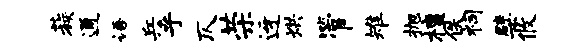
蔟通语兵乎仄荣迓烘管雉抛檀佚祠檗攸